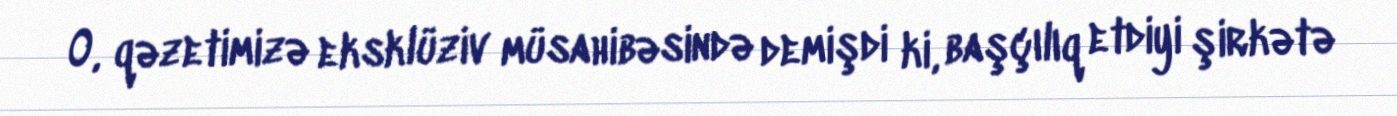
O, qəzetimizə eksklüziv müsahibəsində demişdi ki, başçılıq etdiyi şirkətə